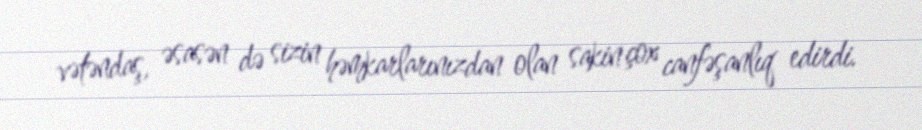
vətəndaş, əsasən də sizin həmkarlarınızdan olan sakin çox canfəşanlıq edirdi.